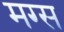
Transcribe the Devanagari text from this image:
मग्स